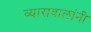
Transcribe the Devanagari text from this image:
व्यारावालांनी